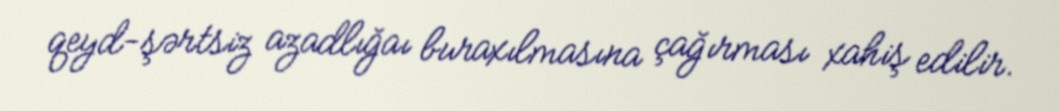
qeyd-şərtsiz azadlığaı buraxılmasına çağırması xahiş edilir.